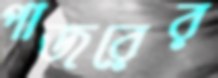
পাজরের